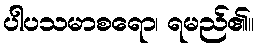
ပါပသမာစရော၊ ရမည်၏။